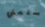
سلمني